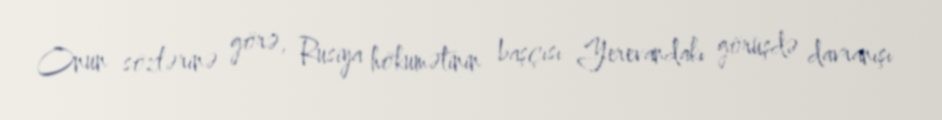
Onun sözlərinə görə, Rusiya hökumətinin başçısı Yerevandakı görüşdə davranışı